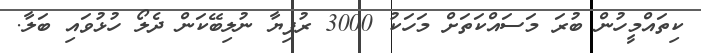
ކިތައްމީހުން ބުރަ މަސައްކަތަށް މަހަކު 3000 ރުފިޔާ ނުލިބޭކަން ދެލޯ ހުޅުވައި ބަލާ.